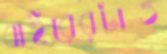
বাইরেরটাও